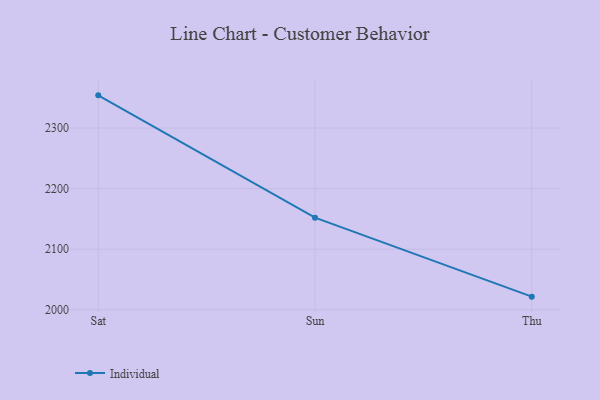
{"axis": {"x": "Day", "y": "Backlog"}, "legend": ["Individual"], "data": [{"x": "Sat", "y": 2354.0, "type": "Individual"}, {"x": "Sun", "y": 2152.0, "type": "Individual"}, {"x": "Thu", "y": 2021.6, "type": "Individual"}]}